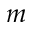
m